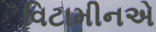
વિટામીનએ